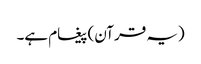
(یہ قرآن) پیغام ہے۔